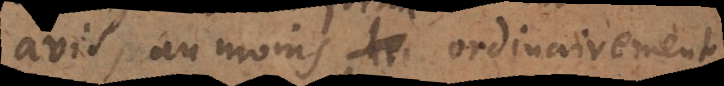
avis, au moins ordinairement,